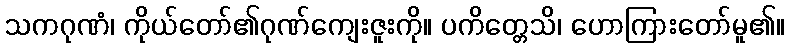
သကဂုဏံ၊ ကိုယ်တော်၏ဂုဏ်ကျေးဇူးကို။ ပကိတ္တေသိ၊ ဟောကြားတော်မူ၏။